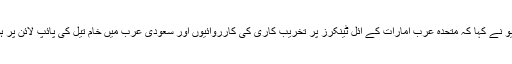
ڈان اخبار کی رپورٹ کے مطابق امریکی سیکریٹری اسٹیٹ مائیک پومپیو نے کہا کہ متحدہ عرب امارات کے آئل ٹینکرز پر تخریب کاری کی کارروائیوں اور سعودی عرب میں خام تیل کی پائپ لائن پر ہونے والے ڈرون حملوں پر امریکا نے ابھی تک کوئی نتیجہ اخذ نہیں کیا۔